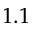
1 . 1